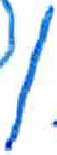
אות: ן